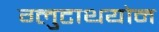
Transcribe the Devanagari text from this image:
ग्लुटाथयोन